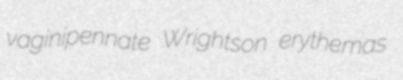
vaginipennate Wrightson erythemas